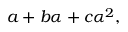
a + b \alpha + c \alpha ^ { 2 } ,